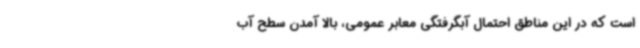
است که در این مناطق احتمال آبگرفتگی معابر عمومی، بالا آمدن سطح آب